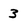
Character: 3